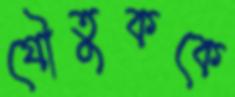
যৌতুককে